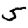
Digit: 5